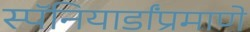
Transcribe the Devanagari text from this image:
स्पॅनियार्डांप्रमाणे